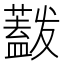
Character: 𰲋